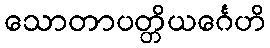
သောတာပတ္တိယင်္ဂေဟိ